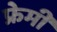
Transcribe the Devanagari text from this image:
फ्रेमी